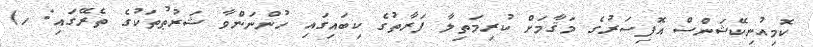
ކޮމިއުނިކޭޝަންސް އޮފިސަރުގެ މަޤާމަށް ކުރިމަތިލާ ފަރާތުގެ ކިބައިގައި ހުންނަންވާ ޝަރުޠުތަކުގެ ތެރޭގައި: ހ)